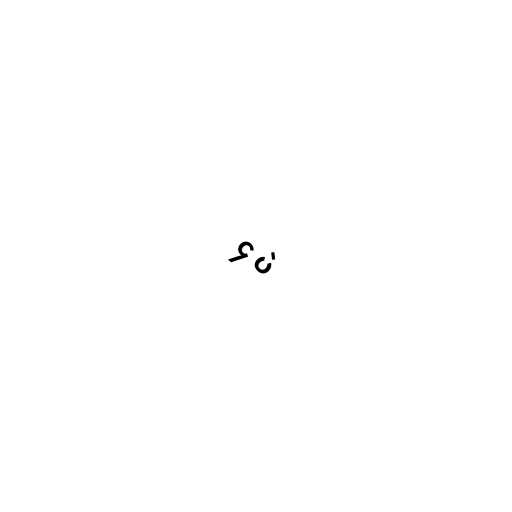
၄ ပဲ